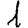
Digit: 1